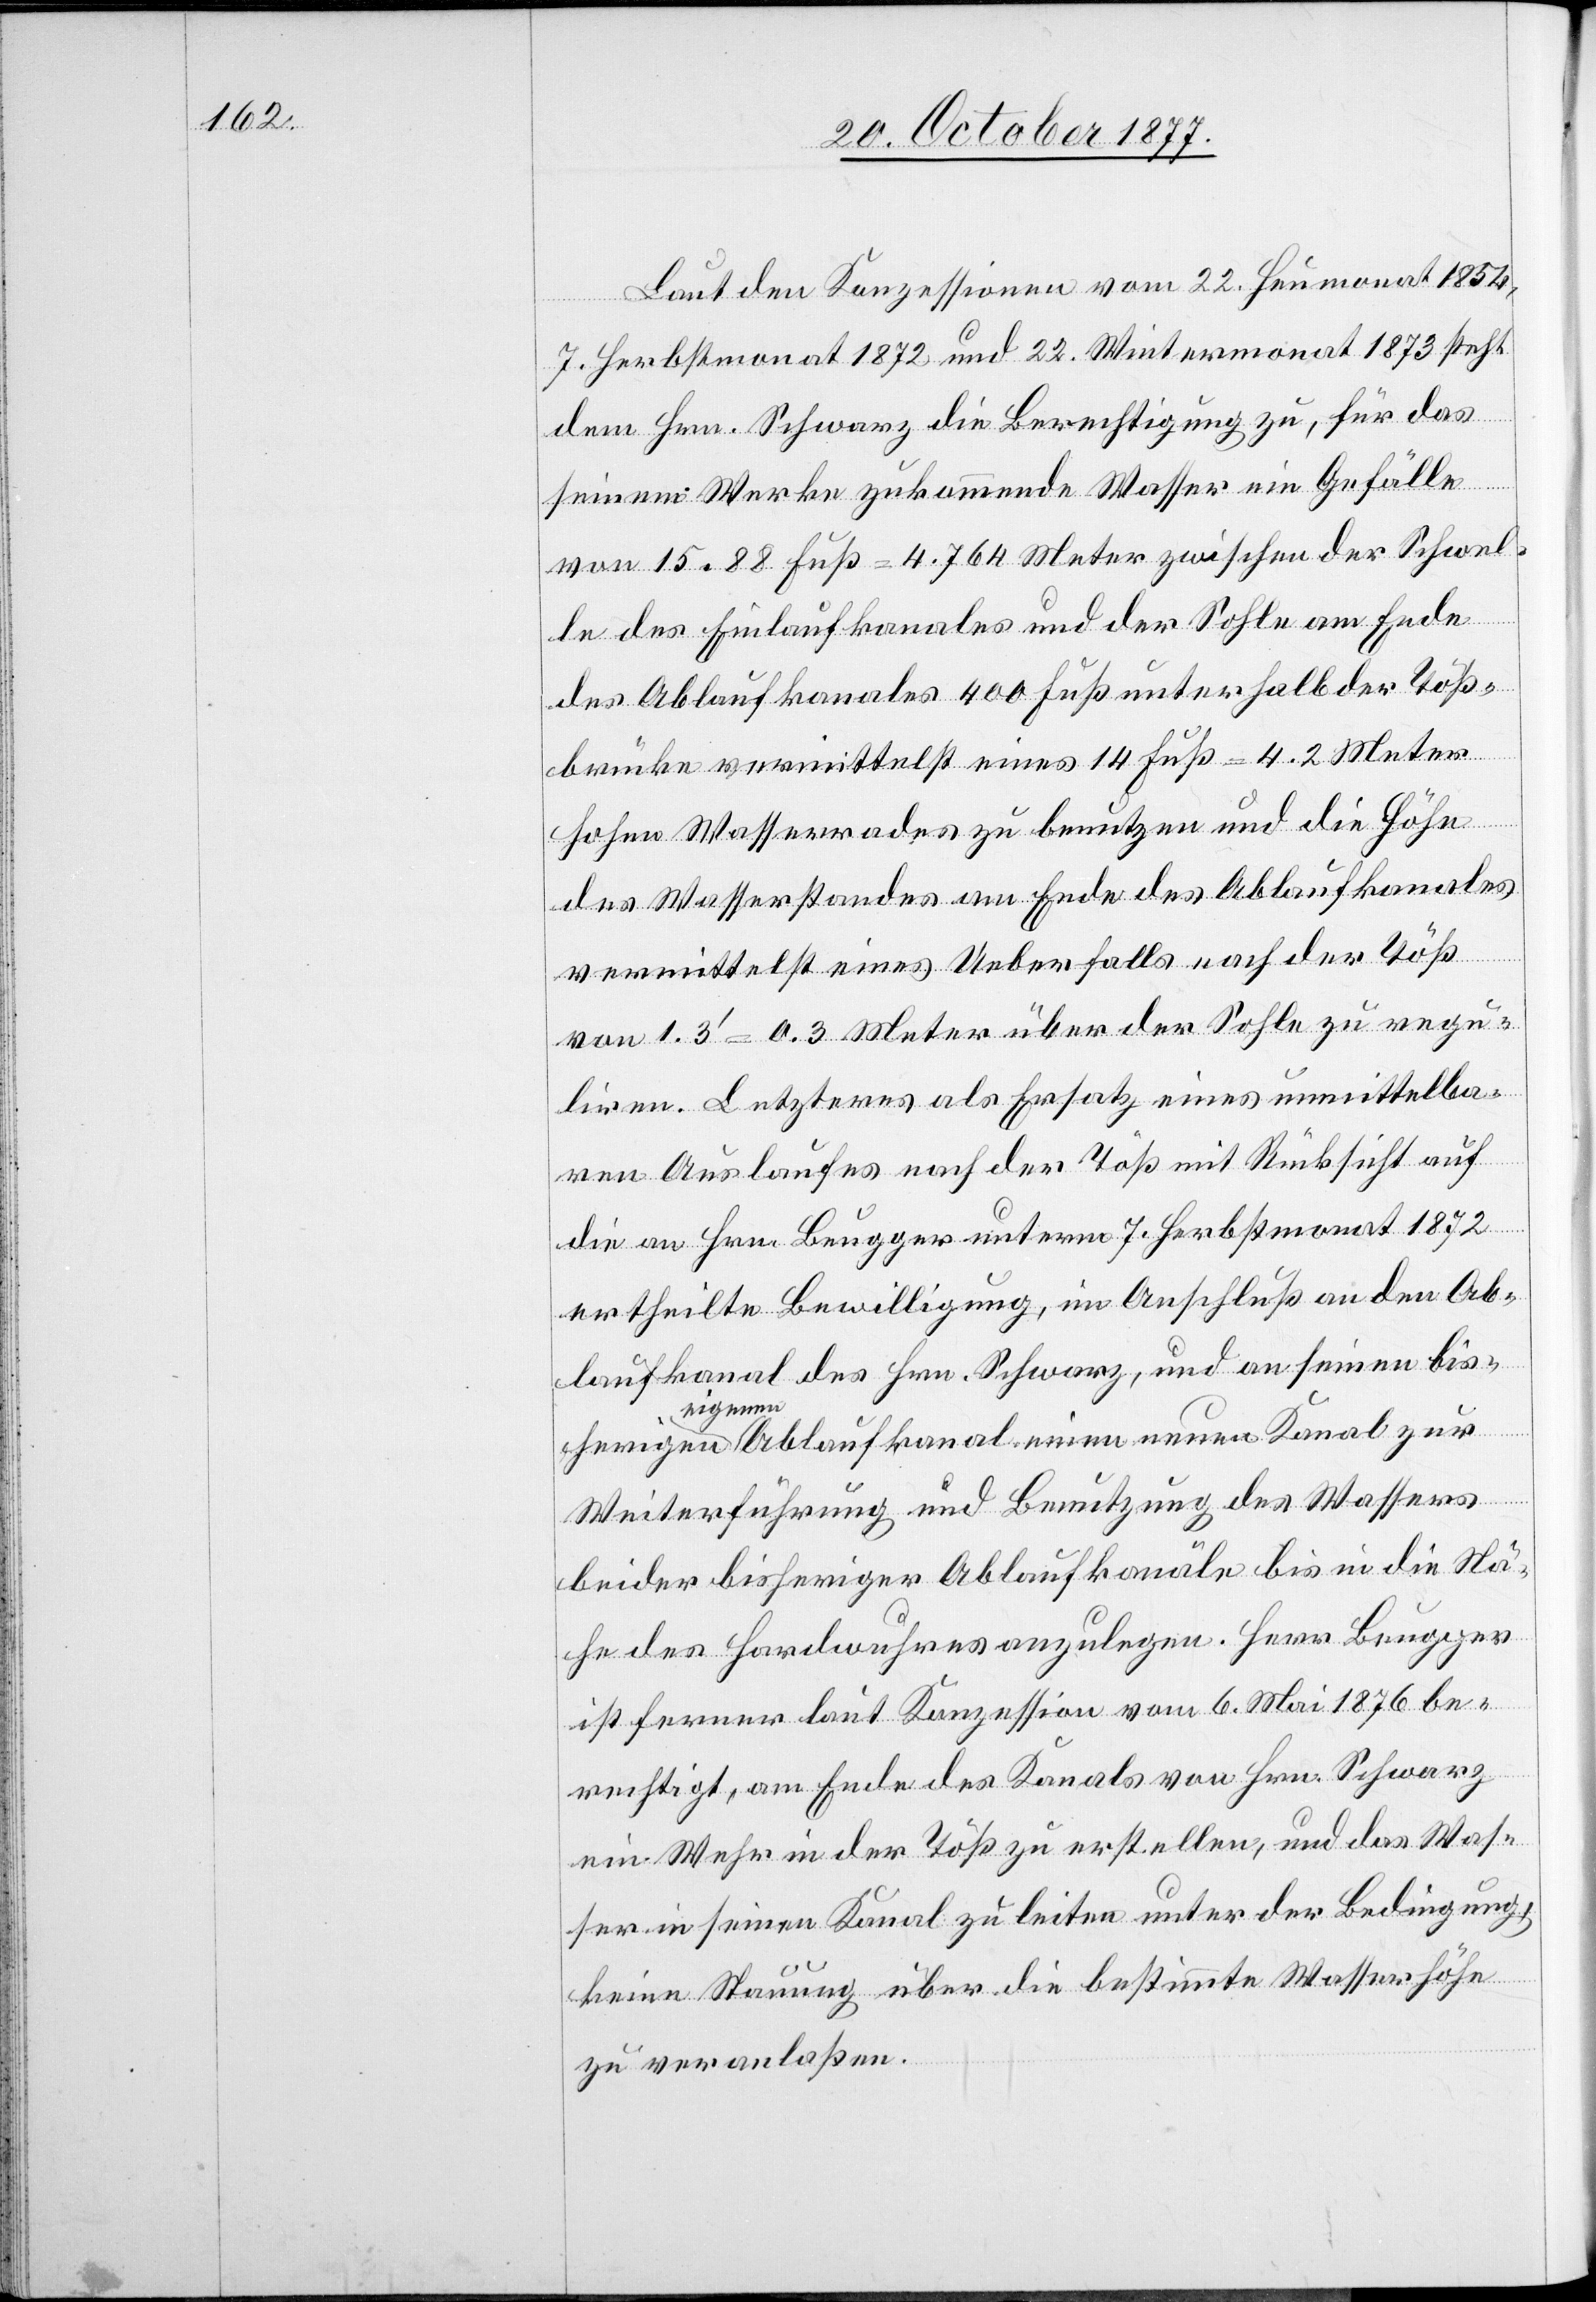
Laut den Konzessionen vom 22. Heumonat 1854,
7. Herbstmonat 1872 und 22. Wintermonat 1873 steht
dem Hrn. Schwarz die Berechtigung zu, für das
seinem Werke zukommende Wasser ein Gefälle
von 15.88 Fuß = 4.764 Meter zwischen der Schwel¬
le des Einlaufkanales und der Sohle am Ende
des Ablaufkanales 400 Fuß unterhalb der Töß¬
brücke vermittelst eines 14 Fuß = 4.2 Meter
hohen Wasserrades zu benutzen und die Höhe
des Wasserstandes am Ende des Ablaufkanales
vermittelst eines Ueberfalls nach der Töß
von 1.3‘ = 0.3 Meter über der Sohle zu regu¬
liren. Letzteres als Ersatz eines unmittelba¬
ren Auslaufes nach der Töß mit Rücksicht auf
die an Hrn. Beugger unterm 7. Herbstmonat 1872
ertheilte Bewilligung, im Anschluß an den Ab¬
laufkanal des Hrn. Schwarz, und an seinen bis¬
herigen
eigenen Ablaufkanal einen neuen Kanal zur
Weiterführung und Benutzung des Wassers
beider bisheriger Ablaufkanäle bis in die Nä¬
he des Hardwuhres anzulegen. Herr Beugger
ist ferner laut Konzession vom 6. Mai 1876 be¬
rechtigt, am Ende des Kanals von Hrn. Schwarz
ein Wehr in der Töß zu erstellen, und das Was¬
ser in seinen Kanal zu leiten unter der Bedingung,
keine Stauung über die bestimmte Wasserhöhe
zu veranlaßen.